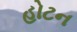
હોટન